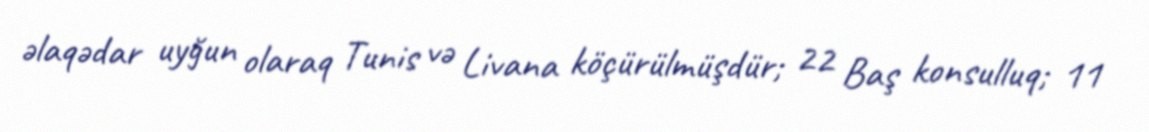
əlaqədar uyğun olaraq Tunis və Livana köçürülmüşdür; 22 Baş konsulluq; 11